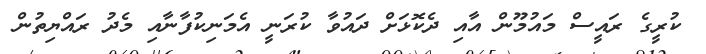
ކުރީގެ ރައީސް މައުމޫން އާއި ދެކޮޅަށް ދައުވާ ކުރަނީ އެމަނިކުފާނާއި މެދު ރައްޔިތުން